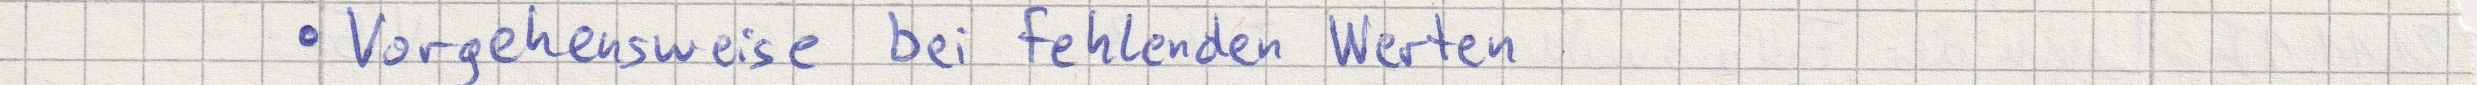
- Vorgehensweise bei fehlenden Werten